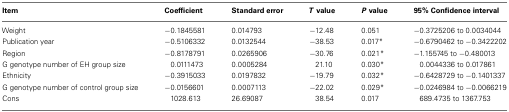
<table><thead><tr><td><b>Item</b></td><td><b>Coefficient</b></td><td><b>Standard error</b></td><td><b><i>T</i> value</b></td><td><b><i>P</i> value</b></td><td><b>95% Confidence interval</b></td></tr></thead><tbody><tr><td>Weight</td><td>−0.1845581</td><td>0.014793</td><td>−12.48</td><td>0.051</td><td>−0.3725206 to 0.0034044</td></tr><tr><td>Publication year</td><td>−0.5106332</td><td>0.0132544</td><td>−38.53</td><td>0.017*</td><td>−0.6790462 to −0.3422202</td></tr><tr><td>Region</td><td>−0.8178791</td><td>0.0265906</td><td>−30.76</td><td>0.021*</td><td>−1.155745 to −0.480013</td></tr><tr><td>G genotype number of EH group size</td><td>0.0111473</td><td>0.0005284</td><td>21.10</td><td>0.030*</td><td>0.0044336 to 0.017861</td></tr><tr><td>Ethnicity</td><td>−0.3915033</td><td>0.0197832</td><td>−19.79</td><td>0.032*</td><td>−0.6428729 to −0.1401337</td></tr><tr><td>G genotype number of control group size</td><td>−0.0156601</td><td>0.0007113</td><td>−22.02</td><td>0.029*</td><td>−0.0246984 to −0.0066219</td></tr><tr><td>Cons</td><td>1028.613</td><td>26.69087</td><td>38.54</td><td>0.017</td><td>689.4735 to 1367.753</td></tr></tbody></table>